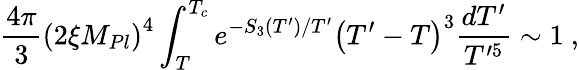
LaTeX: \frac{4\pi}{3}\left(2\xi M_{Pl}\right)^{4}\int_{T}^{T_{c}}e^{-S_{3}\left(T^{\prime}\right)/T^{\prime}}\left(T^{\prime}-T\right)^{3}\frac{dT^{\prime}}{T^{\prime 5}}\sim 1\ ,